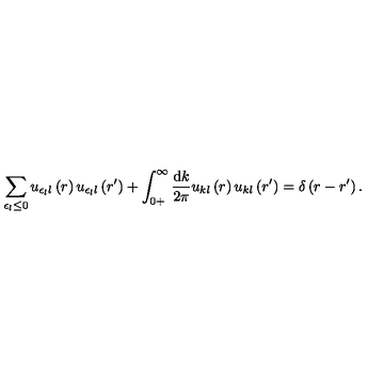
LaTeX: \sum _ { \epsilon _ { l } \leq 0 } u _ { \epsilon _ { l } l } \left( r \right) u _ { \epsilon _ { l } l } \left( r ^ { \prime } \right) + \int _ { 0 + } ^ { \infty } \frac { \mathrm { d } k } { 2 \pi } u _ { k l } \left( r \right) u _ { k l } \left( r ^ { \prime } \right) = \delta \left( r - r ^ { \prime } \right) .